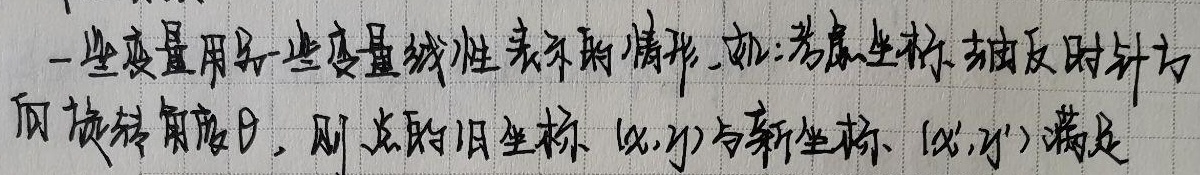
一些变量用另一些变量线性表示的情形. 如: 考虑坐标轴反时针方向旋转角度$\theta$, 则点的旧坐标$(x,y)$与新坐标$(x',y')$满足